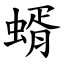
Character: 蝑